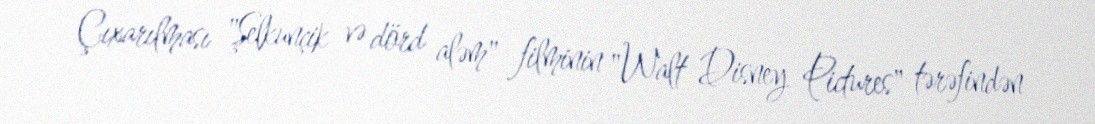
Çıxarılması "Şelkunçik və dörd aləm" filminin "Walt Disney Pictures" tərəfindən